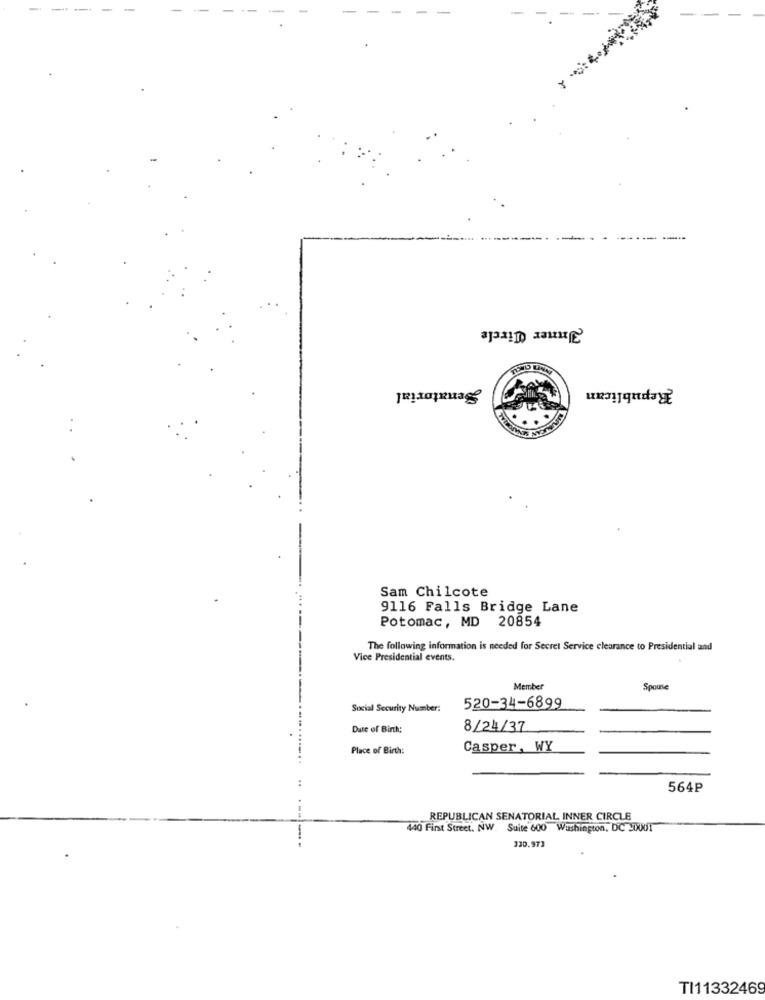
--
Inner Circle
Senatorial
Republican
Sam Chilcote
9116 Falls Bridge Lane
Potomac, MD 20854
The following information is needed for Secret Service clearance to Presidential and
Vice Presidential events.
Member
Spouse
Social Security Number:
520-34-6899
Date of Birth:
8/24/37
Place of Birth:
Casper, WY
..
564₽
---
REPUBLICAN SENATORIAL INNER CIRCLE
440 First Street, NW. Suite 600 Washington, DC -DUUT
330.973
TI11332469